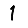
Digit: 1